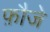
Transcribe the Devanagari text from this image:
फ़ौजे